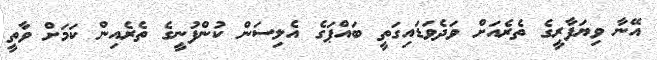
އޭނާ ވިޔަފާރީގެ ތެރެއަށް ވަދެވަޑައިގަތީ ބައްޕަގެ އެލިސަން ކުންފުނީގެ ތެރެއިން ކަމަށް ވާތީ